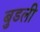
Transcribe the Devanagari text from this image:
बुडली